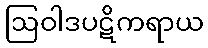
ဩဝါဒပဋိကရာယ